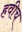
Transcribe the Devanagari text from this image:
हवीच